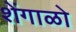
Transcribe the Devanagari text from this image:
शेंगाळो